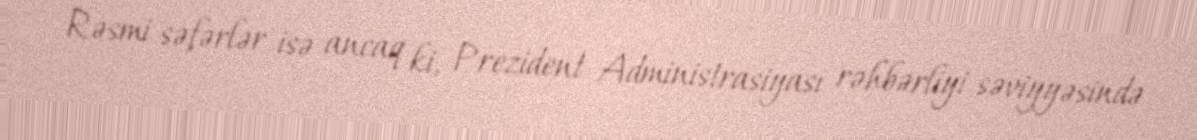
Rəsmi səfərlər isə ancaq ki, Prezident Administrasiyası rəhbərliyi səviyyəsində